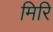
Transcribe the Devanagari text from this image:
मिरि